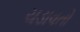
ચડાવતો